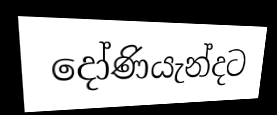
දෝණියැන්දට